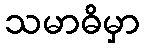
သမာဓိမှာ